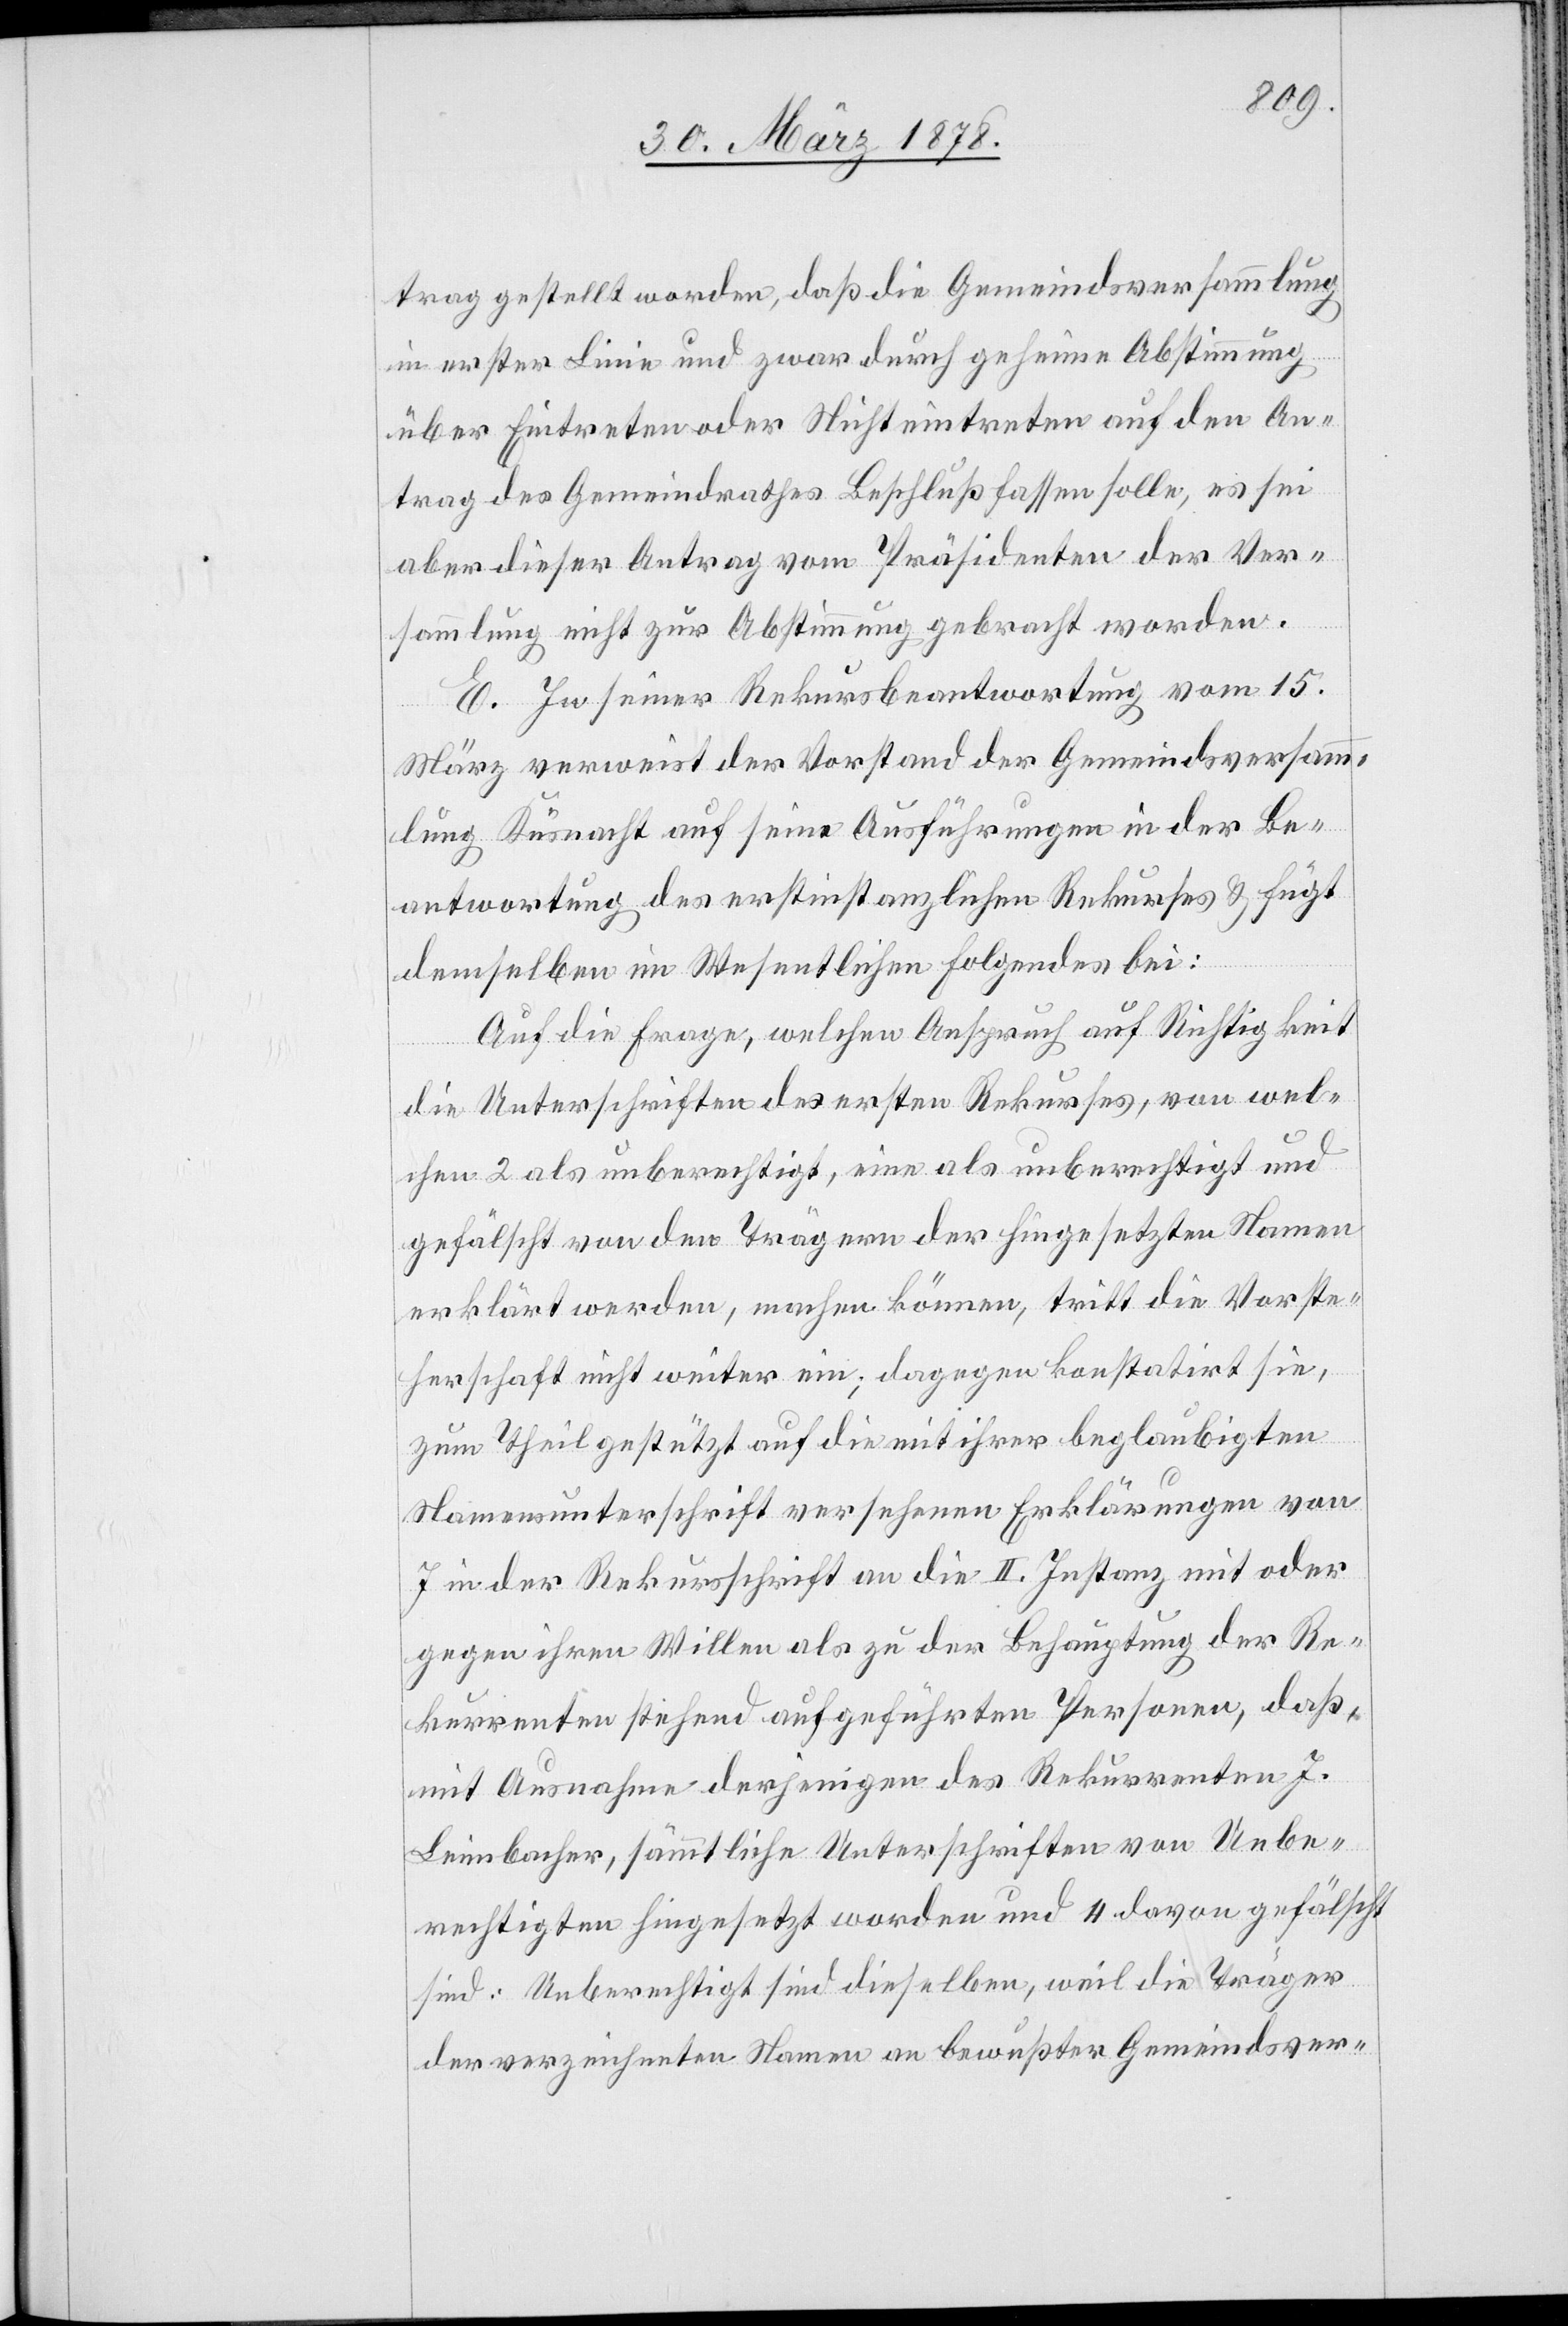
trag gestellt worden, daß die Gemeindsversammlung
in erster Linie und zwar durch geheime Abstimmung
über Eintreten oder Nichteintreten auf den An¬
trag des Gemeindrathes Beschluß fassen solle, es sei
aber dieser Antrag vom Präsidenten der Ver¬
sammlung nicht zur Abstimmung gebracht worden.
E. In seiner Rekursbeantwortung vom 15.
März verweist der Vorstand der Gemeindsversamm¬
lung Küsnacht auf seine Ausführungen in der Be¬
antwortung des erstinstanzlichen Rekurses & fügt
demselben im Wesentlichen folgendes bei:
Auf die Frage, welchen Anspruch auf Richtigkeit
die Unterschriften des ersten Rekurses, von wel¬
chen 2 als unberechtigt, eine als unberechtigt und
gefälscht von den Trägern der hingesetzten Namen
erklärt werden, machen können, tritt die Vorste¬
herschaft nicht weiter ein; dagegen konstatirt sie,
zum Theil gestützt auf die mit ihrer beglaubigten
Namensunterschrift versehenen Erklärungen von
7 in der Rekursschrift an die II. Instanz mit oder
gegen ihren Willen als zu der Behauptung der Re¬
kurrenten stehend aufgeführten Personen, daß,
mit Ausnahme derjenigen des Rekurrenten J.
Leimbacher, sämmtliche Unterschriften von Unbe¬
rechtigten hingesetzt worden und 4 davon gefälscht
sind: Unberechtigt sind dieselben, weil die Träger
der verzeichneten Namen an bewusster Gemeindsver-